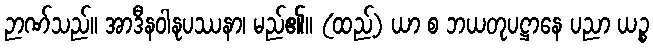
ဉာဏ်သည်။ အာဒီနဝါနုပဿနာ၊ မည်၏။ (ထည့်) ယာ စ ဘယတုပဋ္ဌာနေ ပညာ ယဉ္စ